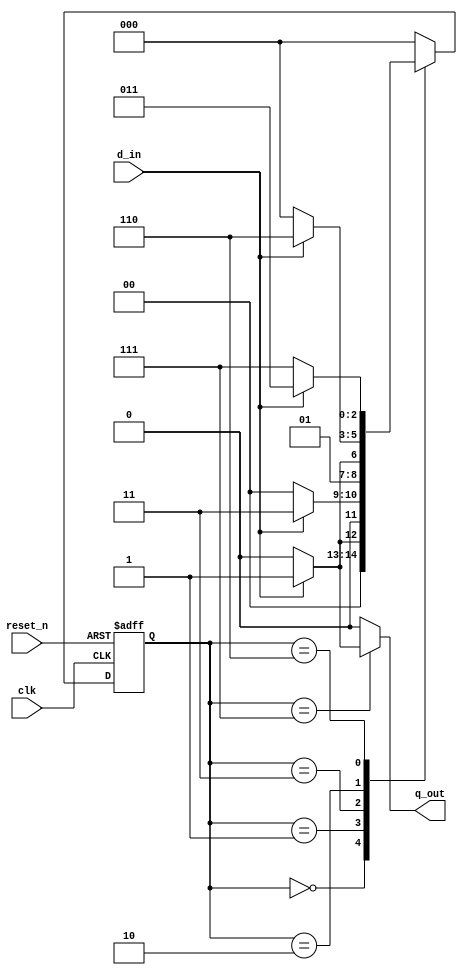
`timescale 1ns / 1ps
//////////////////////////////////////////////////////////////////////////////////
// Company: 
// Engineer: 
// 
// Design Name: 
// Module Name: q3_seq_detector_mealy
// Project Name: 
// Target Devices: 
// Tool Versions: 
// Description: 
// 
// Dependencies: 
// 
// Revision:
// Revision 0.01 - File Created
// Additional Comments:
// 
//////////////////////////////////////////////////////////////////////////////////


module q3_seq_detector_mealy(
        input   wire  d_in,
        input   wire  clk,
        input   wire  reset_n,
        output  reg   q_out
        
    );
                                //PS->present state
    reg [2:0]PS, NS;            //NS-> Next state
    parameter s0 = 3'b000, s1 = 3'b001, s2 = 3'b011, s3 = 3'b010, s4 = 3'b110, s5 = 3'b111; 
            
    
    // this is the present state logic
    always @(posedge clk, negedge reset_n)
    begin
        if(!reset_n) begin
            PS <= s0;
        end
        else begin
            PS <= NS;
        end  
    end
    
    // this is the next state logic
    always @(*)
    begin
        case(PS)
        s0: begin
            if(d_in) begin
                NS = s1;
            end
            else begin
                NS = s0;
            end
        end

        s1: begin
            if(d_in) begin
                NS = s2;
            end
            else begin
                NS = s0;
            end
        end  

        s2: begin
            if(!d_in) begin
                NS = s3;
            end
            else begin
                NS = s2;
            end
        end        
        
         s3: begin
            if(d_in) begin
                NS = s4;
            end
            else begin
                NS = s0;
            end
        end        
        
         s4: begin
            if(!d_in) begin
                NS = s5;
            end
            else begin
                NS = s2;
            end
        end          
        
         s5: begin
            if(d_in) begin
                NS = s0;
            end
            else begin
                NS = s0;
            end
        end    
        
        default: NS = s0 ;
        
        endcase
    end

// this is the output logic
    always @(*)
    begin
        case(PS)
        s0 :  q_out = 1'b0;
        s1 :  q_out = 1'b0;
        s2 :  q_out = 1'b0;
        s3 :  q_out = 1'b0;
        s4 :  q_out = 1'b0;
        s5 :  begin
                  if(d_in == 1'b1) begin
                    q_out = 1'b1;
                  end
                  
                  else begin
                    q_out = 1'b0;
                  end  
              end
        default : q_out = 1'b0;
        endcase
    end

    
endmodule